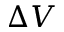
\Delta V